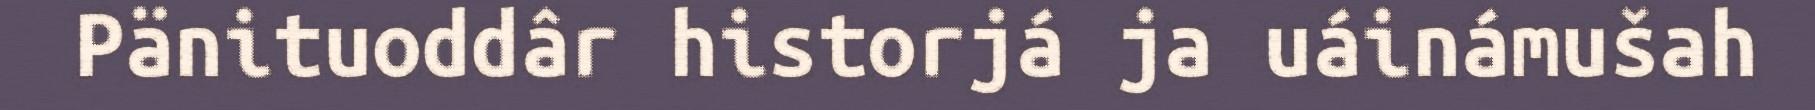
Pänituoddâr historjá ja uáinámušah